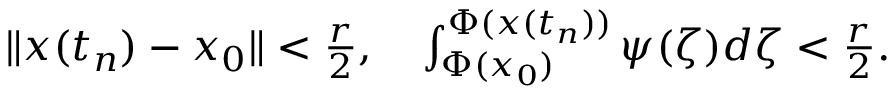
\begin{array} { r } { \| { \boldsymbol x } ( t _ { n } ) - { \boldsymbol x } _ { 0 } \| < \frac { r } { 2 } , \ \ \ \int _ { \Phi ( { \boldsymbol x } _ { 0 } ) } ^ { \Phi ( { \boldsymbol x } ( t _ { n } ) ) } \psi ( \zeta ) d \zeta < \frac { r } { 2 } . } \end{array}